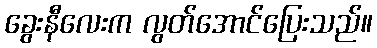
ခွေးနီလေးက လွတ်အောင်ပြေးသည်။